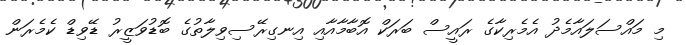
މި މައްސަލައާމެދު އެމެރިކާގެ ރައީސް ބަރަކް އޮބާމާއާއި އިނގިރޭސިވިލާތުގެ ބޮޑުވަޒީރު ޑޭވިޑް ކެމެރަން